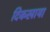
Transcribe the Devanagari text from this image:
दिकखाया